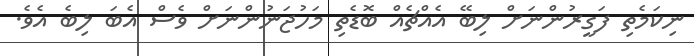
ނިކަމެތި ފަގީރުންނަށް ލިބޭ އެއްޗެއް ބޮޑެތި މަހުޖަނުންނަށް ވެސް އެބަ ލިބެ އެވެ.